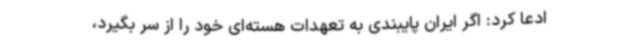
ادعا کرد: اگر ایران پایبندی به تعهدات هسته‌ای خود را از سر بگیرد،